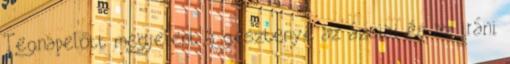
Tegnapelőtt megjelent a gesztenye az ázsiai és az iráni